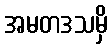
အမတဒသမှိ